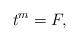
LaTeX: \begin{align*}t^m=F, \end{align*}